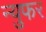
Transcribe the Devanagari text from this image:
न्युफर